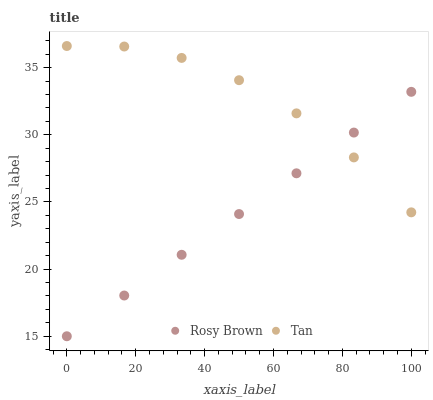
| xaxis_label | Rosy Brown | Tan |
 | --- | --- | --- |
 | 0 | 15 | 36.6 |
 | 16.7 | 18 | 36.6 |
 | 33.3 | 21.1 | 35.7 |
 | 50 | 24.1 | 34.1 |
 | 66.7 | 27.1 | 31.6 |
 | 83.3 | 30.2 | 28.3 |
 | 100 | 33.2 | 24.2 |